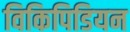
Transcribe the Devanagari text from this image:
विकिपिडियन